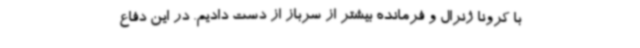
با کرونا ژنرال و فرمانده بیشتر از سرباز از دست دادیم. در این دفاع